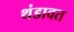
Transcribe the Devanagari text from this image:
थंडावत